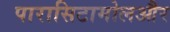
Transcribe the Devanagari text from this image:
पारासिटामोलऔर